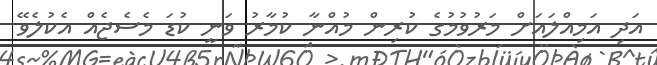
އަދި އަމިއްލައަށް މަރުވުމުގެ ކުރިން މުއްނާ ކުމާރު ވަނީ ކުޑަ މެސެޖެއް އެކުލެވޭ